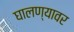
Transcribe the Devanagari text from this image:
घालण्यावर